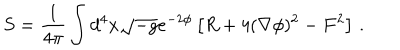
S = \frac { 1 } { 4 \pi } \int d ^ { 4 } x \sqrt { - g } e ^ { - 2 \phi } \left[ R + 4 ( \nabla \phi ) ^ { 2 } - F ^ { 2 } \right] \, .